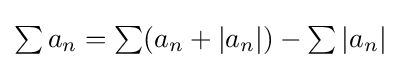
{\textstyle \sum a_{n}=\sum (a_{n}+|a_{n}|)-\sum |a_{n}|}